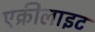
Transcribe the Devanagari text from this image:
एक्रीलाइट